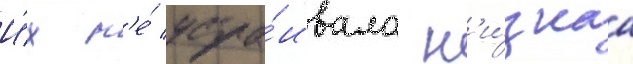
И́х н'е́ устра́ивала н'и́зкаа